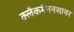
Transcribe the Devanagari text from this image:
क्लैकमैननशायर